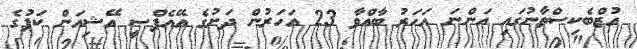
އުޒްބެކިސްތާނުގައި އަންނަ އަހަރު ބާއްވާ 23 އަހަރުން ދަށުގެ އޭއެފްސީ އޭޝިއަން ކަޕުގެ